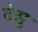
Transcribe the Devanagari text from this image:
देसु